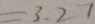
= 3 . 2 1